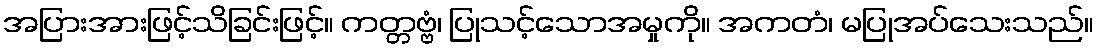
အပြားအားဖြင့်သိခြင်းဖြင့်။ ကတ္တဗ္ဗံ၊ ပြုသင့်သောအမှုကို။ အကတံ၊ မပြုအပ်သေးသည်။